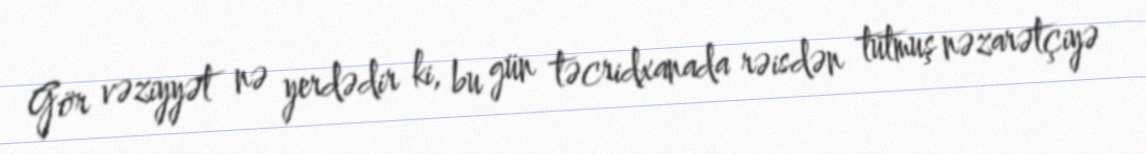
Gör vəziyyət nə yerdədir ki, bu gün təcridxanada rəisdən tutmuş nəzarətçiyə